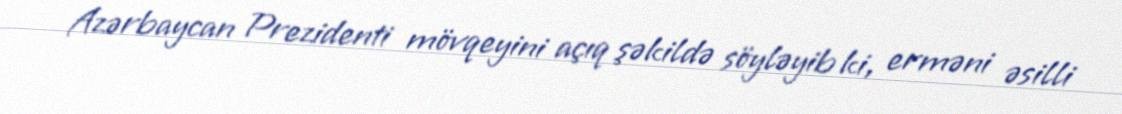
Azərbaycan Prezidenti mövqeyini açıq şəkildə söyləyib ki, erməni əsilli